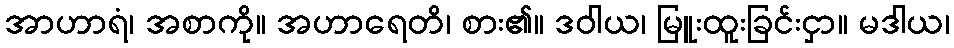
အာဟာရံ၊ အစာကို။ အဟာရေတိ၊ စား၏။ ဒဝါယ၊ မြူးထူးခြင်းငှာ။ မဒါယ၊